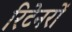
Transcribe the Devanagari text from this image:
रिटेनरों